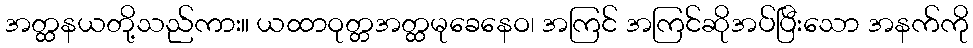
အတ္ထနယတို့သည်ကား။ ယထာဝုတ္တအတ္ထမုခေနေဝ၊ အကြင် အကြင်ဆိုအပ်ပြီးသော အနက်ကို